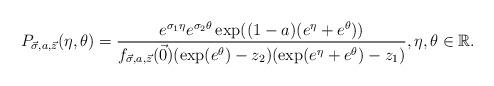
LaTeX: \begin{align*}P_{\vec{\sigma}, a, \vec{z}} (\eta,\theta) = \frac{e^{\sigma_1\eta} e^{\sigma_2\theta} \exp((1-a)(e^\eta + e^\theta))}{f_{\vec{\sigma},a,\vec{z}} (\vec{0}) (\exp(e^\theta)-z_2) (\exp(e^\eta + e^\theta)-z_1)}, \eta,\theta \in {\mathbb{R}}.\end{align*}